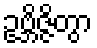
ဥဗ္ဘိဇ္ဇိတွာ